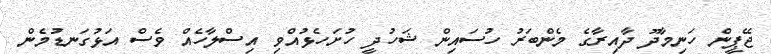
ޖޭޕީން ހަނިމާދޫ ދާއިރާގެ މެންބަރު ހުސައިން ޝަހުދީ ހުށަހެޅުއްވި އިސްލާހެއް ވެސް އަޅުގަނޑުމެން